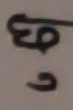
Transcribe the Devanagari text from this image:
छगु